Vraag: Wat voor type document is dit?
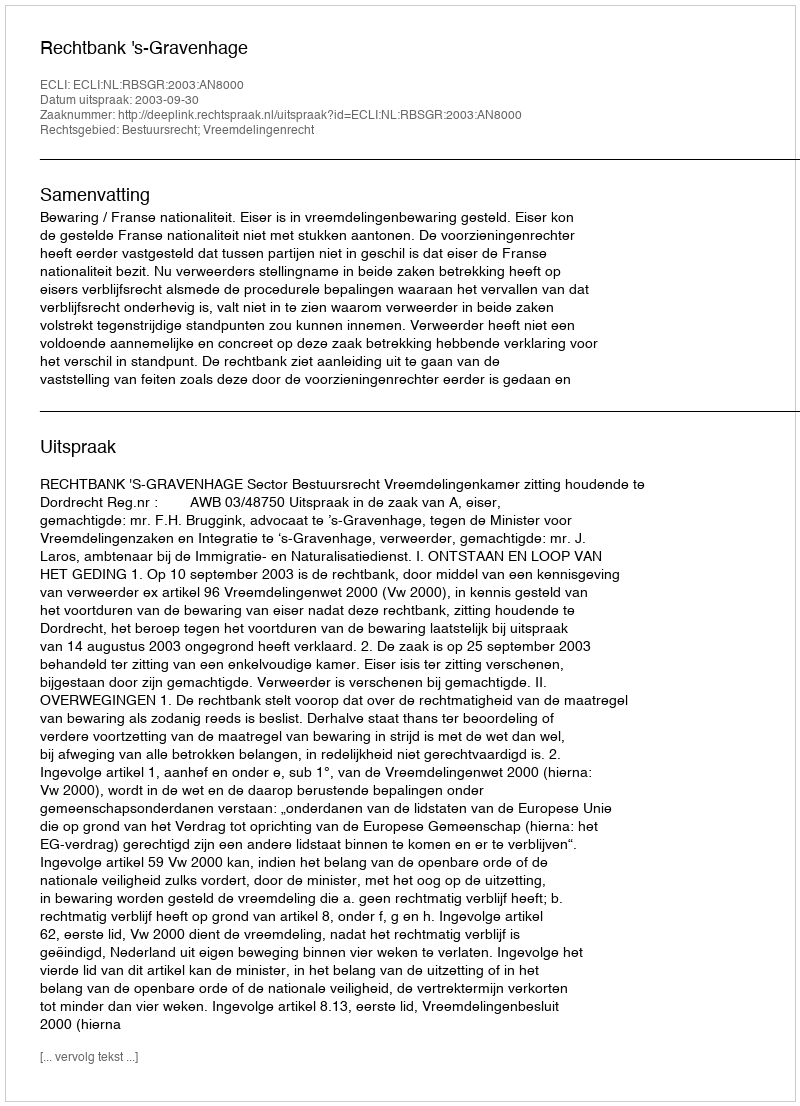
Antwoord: Uitspraak